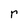
Character: r